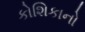
કોશિકાનો